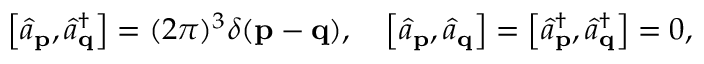
\left[ { \hat { a } } _ { \mathbf { p } } , { \hat { a } } _ { \mathbf { q } } ^ { \dagger } \right] = ( 2 \pi ) ^ { 3 } \delta ( \mathbf { p } - \mathbf { q } ) , \quad \left[ { \hat { a } } _ { \mathbf { p } } , { \hat { a } } _ { \mathbf { q } } \right] = \left[ { \hat { a } } _ { \mathbf { p } } ^ { \dagger } , { \hat { a } } _ { \mathbf { q } } ^ { \dagger } \right] = 0 ,